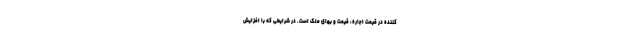
کننده در قیمت اجاره، قیمت و بهای ملک است. در شرایطی که با افزایش